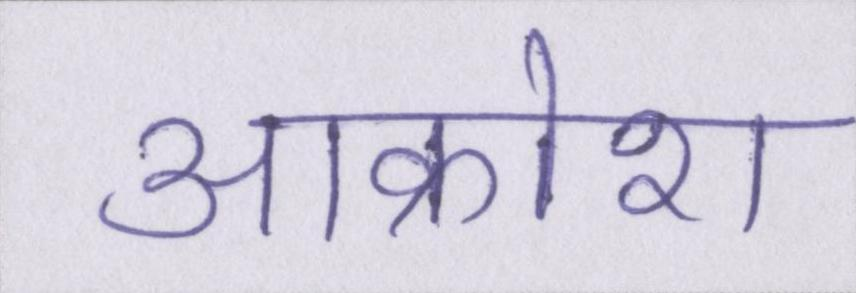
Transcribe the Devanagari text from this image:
आक्रोश